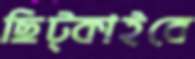
ছিট্‌কাইবে